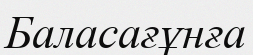
Баласағұнға